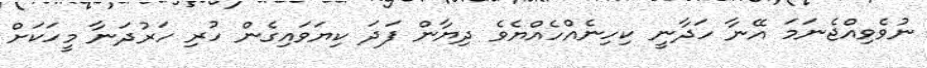
ނުވެވިއްޖެނަމަ އޭނާ ހަދާނީ ކިހިނެއްހެއްޔެވެ ދިޔާން ފަދަ ކިޔަވައިގެން ހުރި ހަރުދަނާ މީހަކަށް